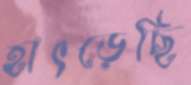
হাৎড়েছি